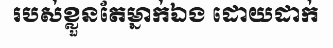
របស់ខ្លួនតែម្នាក់ឯង ដោយដាក់